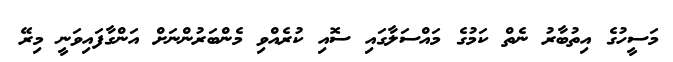
މަސީހުގެ އިތުބާރު ނެތް ކަމުގެ މައްސަލާގައި ސޮއި ކުރެއްވި މެންބަރުންނަށް އަންގާފައިވަނީ މިރޭ